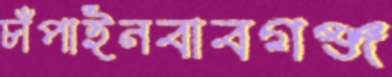
চাঁপাইনবাবগঞ্জ